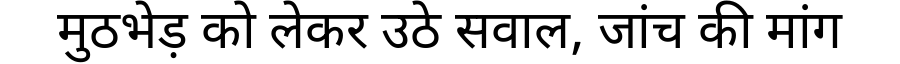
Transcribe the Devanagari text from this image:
मुठभेड़ को लेकर उठे सवाल, जांच की मांग